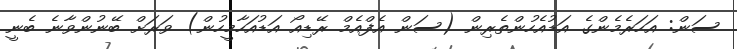
ސަން: އަހަރެމެންގެ އަޑުއެހުންތެރިން (ސަން އެފްއެމް ރޭޑިއޯ އަޑުއަހާމީހުން) ވަރަށް ބޭނުންވާނެ ބެނީ